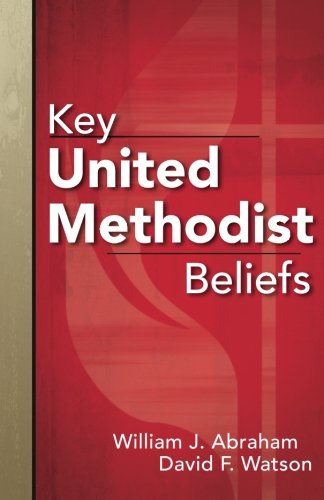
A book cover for Key United Methodist Beliefs; William J. Abraham; Christian Books & Bibles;